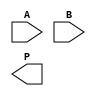
module unfolded_wallace_tree_multiplier #(parameter N = 8) (
    input  [N-1:0] A,
    input  [N-1:0] B,
    output [2*N-1:0] P
);
    // Generate Partial Products
    wire [N-1:0] pp [N-1:0]; // Partial product array

    genvar i;
    generate
        for (i = 0; i < N; i = i + 1) begin : partial_product_gen
            assign pp[i] = A & {N{B[i]}};
        end
    endgenerate

    // Wallace Tree Reduction: Stage 1 (Reduction to 2N/3 rows)
    wire [N-1:0] sum1 [2*N/3-1:0];
    wire [2*N/3-1:0] carry1 [2*N/3-1:0];

    // Carry save adders to reduce rows
    generate
        for (i = 0; i < N/3; i = i + 1) begin : wallace_tree_stage1
            if (i < N-1) begin
                // Combine pp[3*i], pp[3*i+1], and pp[3*i+2]
                assign {carry1[i], sum1[i]} = pp[3*i] + pp[3*i+1] + pp[3*i+2];
            end
            else if (i == N-1) begin
                // Handle the last row if N is not a multiple of 3
                assign {carry1[i], sum1[i]} = pp[3*i] + pp[3*i+1];
            end
        end
    endgenerate

    // Stage 2: Further reduction to finalize sum
    wire [N-1:0] sum2 [N-1:0];
    wire [N:0] carry2 [N-1:0];

    generate
        for (i = 0; i < (N-1)/2; i = i + 1) begin : wallace_tree_stage2
            assign {carry2[i], sum2[i]} = sum1[2*i] + sum1[2*i+1];
        end
        if (N % 2 == 0) begin
            assign {carry2[(N-1)/2], sum2[(N-1)/2]} = sum1[N-2] + sum1[N-1];
        end
    endgenerate

    // Final addition using a simple adder
    wire [2*N-1:0] final_sum;
    wire [2*N-1:0] final_carry;

    assign {final_carry, final_sum} = {1'b0, carry2[0]} + sum2[0]; // Start with the first group

    generate
        for (i = 1; i < (N+1)/2; i = i + 1) begin : final_addition
            assign {final_carry, final_sum} = final_sum + {1'b0, carry2[i]} + sum2[i];
        end
    endgenerate

    // Output the product
    assign P = final_sum + {final_carry, 1'b0}; // Final product

endmodule